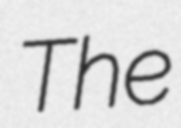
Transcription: The